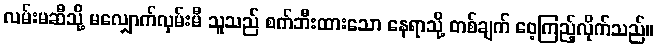
လမ်းမဆီသို့ မလျှောက်လှမ်းမီ သူသည် စက်ဘီးထားသော နေရာသို့ တစ်ချက် ဝေ့ကြည့်လိုက်သည်။